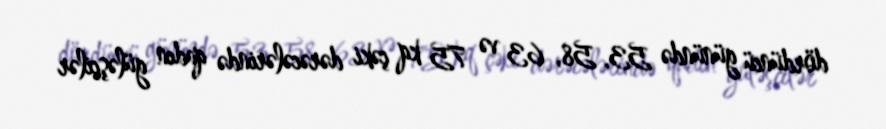
dördüncü günündə 53, 58, 63 və 75 kq çəki dərəcələrində qadın güləşçilər